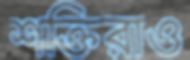
শক্তিরাও